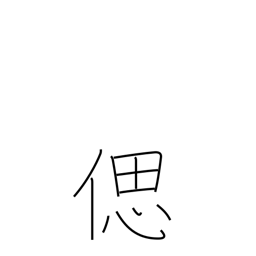
Meaning: recollect